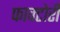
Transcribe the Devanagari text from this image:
फाक्टोरी